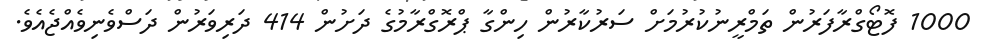
1000 ފޮޓޯގްރާފަރުން ތަމްރީނުކުރުމަށް ސަރުކާރުން ހިންގާ ޕްރޮގްރާމުގެ ދަށުން 414 ދަރިވަރުން ދަސްވެނިވެއްޖެއެވެ.